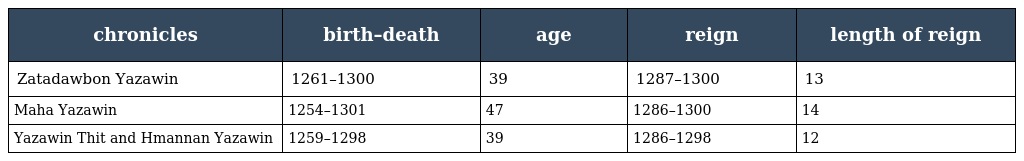
| chronicles | birth–death | age | reign | length of reign |
 | --- | --- | --- | --- | --- |
 | Zatadawbon Yazawin | 1261–1300 | 39 | 1287–1300 | 13 |
 | Maha Yazawin | 1254–1301 | 47 | 1286–1300 | 14 |
 | Yazawin Thit and Hmannan Yazawin | 1259–1298 | 39 | 1286–1298 | 12 |